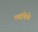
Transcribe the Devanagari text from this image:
त्यांचेचे